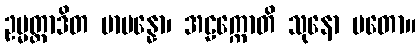
ဥမ္မတ္တာဒိတ မာပန္နော၊ အဠက္ကောတိ သုနော မတော။